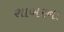
શાબરના